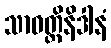
သာဝတ္ထိနိဒါနံ